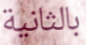
بالثانية